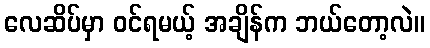
လေဆိပ်မှာ ဝင်ရမယ့် အချိန်က ဘယ်တော့လဲ။